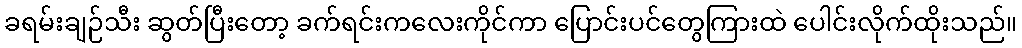
ခရမ်းချဉ်သီး ဆွတ်ပြီးတော့ ခက်ရင်းကလေးကိုင်ကာ ပြောင်းပင်တွေကြားထဲ ပေါင်းလိုက်ထိုးသည်။